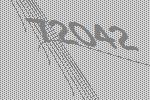
72042